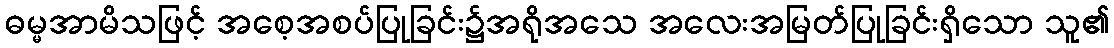
ဓမ္မအာမိသဖြင့် အစေ့အစပ်ပြုခြင်း၌အရိုအသေ အလေးအမြတ်ပြုခြင်းရှိသော သူ၏